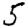
Digit: 5